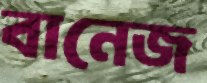
বানেজ